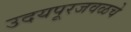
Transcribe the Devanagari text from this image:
उदयपूरजवळचे